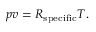
p v = R _ { \mathrm { s p e c i f i c } } T .